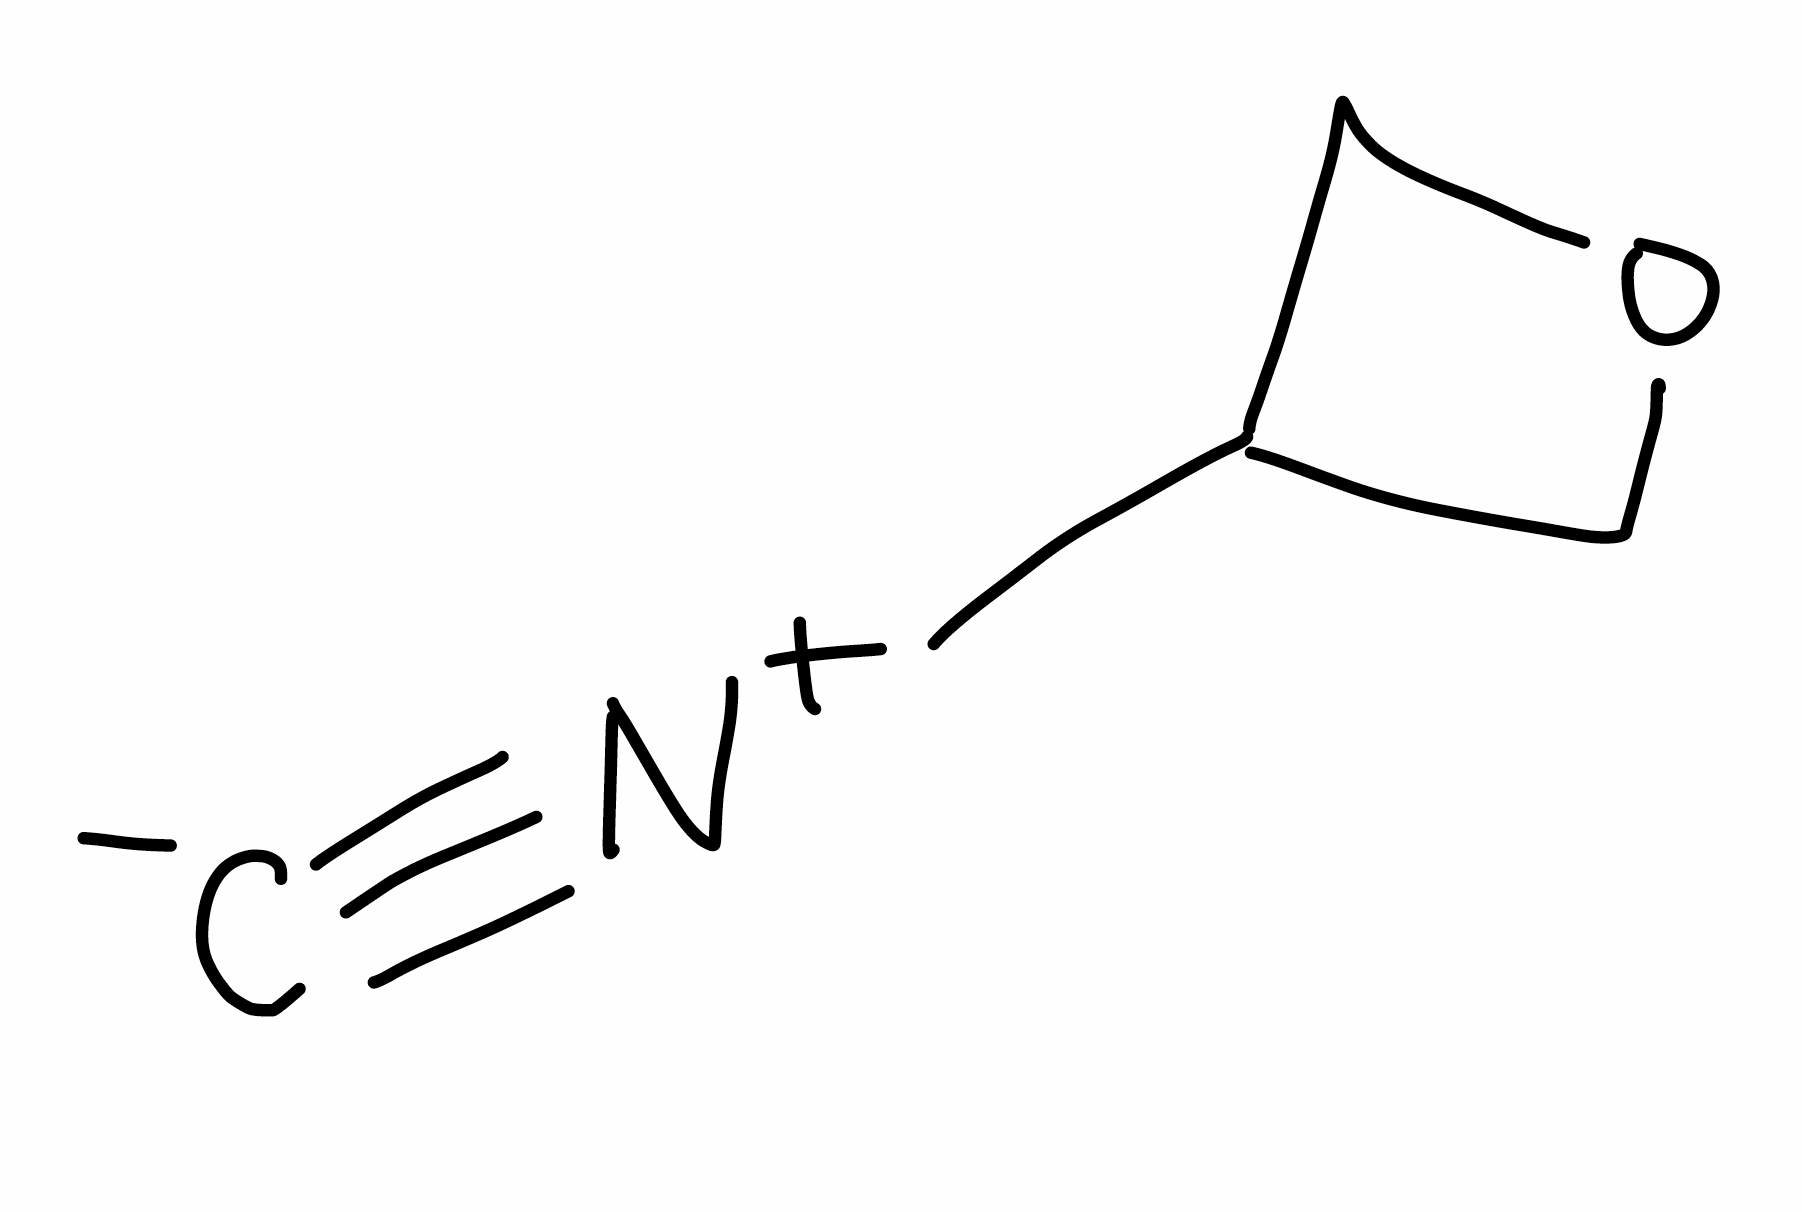
Simplified molecular-input line-entry system (SMILES) notation of the given molecule:
[C-]#[N+]C1COC1